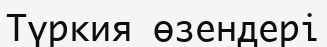
Түркия өзендері